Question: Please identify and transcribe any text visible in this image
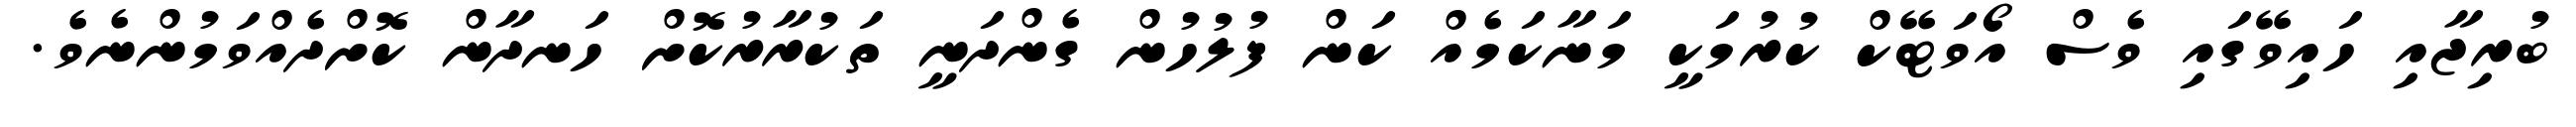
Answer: ބުރިޖާއި ހައިވޭގައި ވެސް އޯވަޓޭކް ކުރުމަކީ މަނާކަމެއް ކަން ފުލުހުން ގެންދަނީ ތަކުރާރުކޮށް ހަނދާން ކޮށްދެއްވަމުންނެވެ.